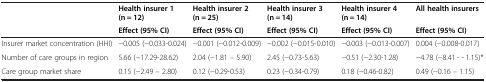
<table><thead><tr><td></td><td><b>Health insurer 1 (n = 12)</b></td><td><b>Health insurer 2 (n = 25)</b></td><td><b>Health insurer 3 (n = 14)</b></td><td><b>Health insurer 4 (n = 14)</b></td><td><b>All health insurers</b></td></tr><tr><td></td><td><b>Effect (95% CI)</b></td><td><b>Effect (95% CI)</b></td><td><b>Effect (95% CI)</b></td><td><b>Effect (95% CI)</b></td><td><b>Effect (95% CI)</b></td></tr></thead><tbody><tr><td>Insurer market concentration (HHI)</td><td>−0.005 (−0.033-0.024)</td><td>−0.001 (−0.012-0.009)</td><td>−0.002 (−0.015-0.010)</td><td>−0.003 (−0.013-0.007)</td><td>0.004 (−0.008-0.017)</td></tr><tr><td>Number of care groups in region</td><td>5.66 (−17.29-28.62)</td><td>2.04 (−1.81 – 5.90)</td><td>2.45 (−0.73-5.63)</td><td>−0.51 (−2.30-1.28)</td><td>−4.78 (−8.41 - - 1.15)*</td></tr><tr><td>Care group market share</td><td>0.15 (−2.49 – 2.80)</td><td>0.12 (−0.29-0.53)</td><td>0.23 (−0.34-0.79)</td><td>0.18 (−0.46-0.82)</td><td>0.49 (−0.16 – 1.15)</td></tr></tbody></table>